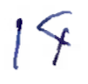
Text: 14
Cross-out: clean
Writing tool: ballpoint